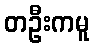
တဦးကမူ